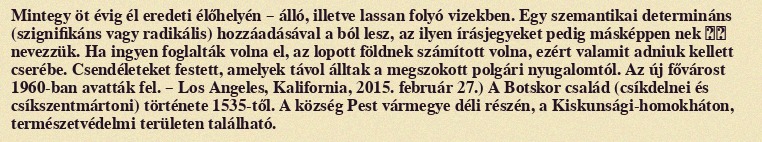
Mintegy öt évig él eredeti élőhelyén – álló, illetve lassan folyó vizekben. Egy szemantikai determináns (szignifikáns vagy radikális) hozzáadásával a ból lesz, az ilyen írásjegyeket pedig másképpen nek 諧聲 nevezzük. Ha ingyen foglalták volna el, az lopott földnek számított volna, ezért valamit adniuk kellett cserébe. Csendéleteket festett, amelyek távol álltak a megszokott polgári nyugalomtól. Az új fővárost 1960-ban avatták fel. – Los Angeles, Kalifornia, 2015. február 27.) A Botskor család (csíkdelnei és csíkszentmártoni) története 1535-től. A község Pest vármegye déli részén, a Kiskunsági-homokháton, természetvédelmi területen található.